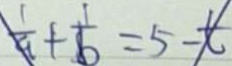
\frac { 1 } { a } + \frac { 1 } { b } = 5 - t